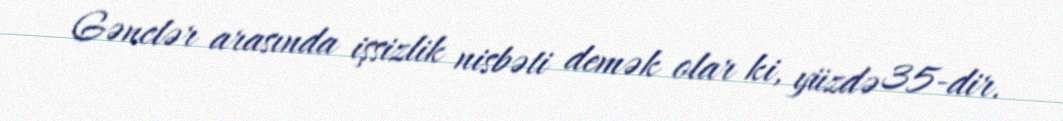
Gənclər arasında işsizlik nisbəti demək olar ki, yüzdə 35-dir.